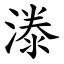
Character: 漛